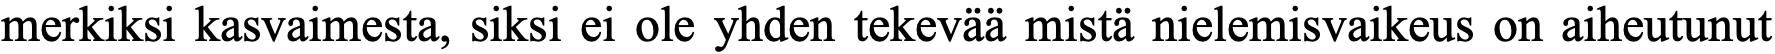
merkiksi kasvaimesta, siksi ei ole yhden tekevää mistä nielemisvaikeus on aiheutunut